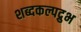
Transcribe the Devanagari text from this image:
शब्दकल्पद्रुभ